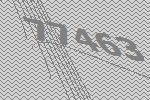
77463